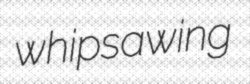
whipsawing